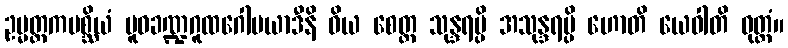
ဥမ္မတ္တကပစ္ဆိယံ ပူဝခဏ္ဍဂူထဂေါမယာဒီနိ ဝိယ စေတ္ထ သုန္ဒရမ္ပိ အသုန္ဒရမ္ပိ ဟောတိ ယေဝါတိ ဝုတ္တံ။